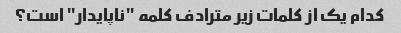
کدام یک از کلمات زیر مترادف کلمه "ناپایدار" است؟